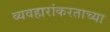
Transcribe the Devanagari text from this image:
व्यवहारांकरताच्या